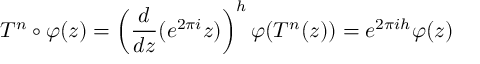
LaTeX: T ^ { n } \circ \varphi ( z ) = \left( \frac { d } { d z } ( e ^ { 2 \pi i } z ) \right) ^ { h } \varphi ( T ^ { n } ( z ) ) = e ^ { 2 \pi i h } \varphi ( z )